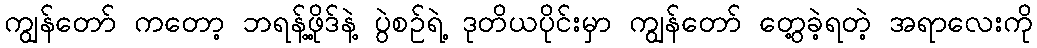
ကျွန်တော် ကတော့ ဘရန့်ဖို့ဒ်နဲ့ ပွဲစဉ်ရဲ့ ဒုတိယပိုင်းမှာ ကျွန်တော် တွေ့ခဲ့ရတဲ့ အရာလေးကို